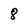
Character: 8